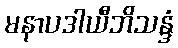
မနာပဒါယီဘိသန္ဒံ